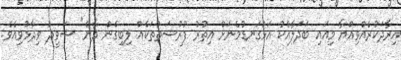
އިރާދަކުރެއްވިއްޔާ މިއައި ބަދަލާއެކު އަޅުގަނޑުމެނަށް އިތުރު ފުރުސަތުތަކެއް ލިބިގެން ދާނެ" ޝަވީދު ވިދާޅުވިއެވެ.